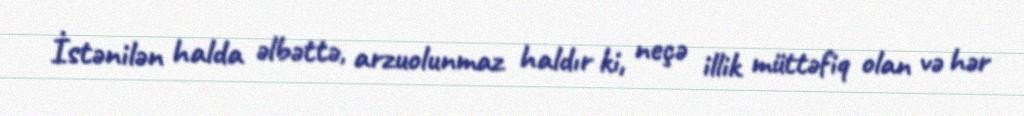
İstənilən halda əlbəttə, arzuolunmaz haldır ki, neçə illik müttəfiq olan və hər